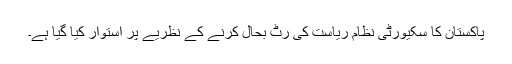
پاکستان کا سکیورٹی نظام ریاست کی رٹ بحال کرنے کے نظریے پر استوار کیا گیا ہے۔